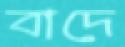
বাদে